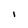
Character: I